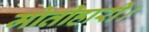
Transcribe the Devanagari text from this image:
मोतीहारी।